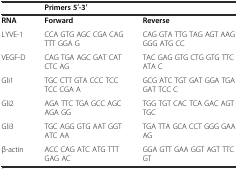
|  | <COLSPAN=2> Primers 5′-3′ |
 | --- | --- | --- |
 | RNA | Forward | Reverse |
 | LYVE-1 | CCA GTG AGC CGA CAG TTT GGA G | CAG GTA TTG TAG AGT AAG GGG ATG CC |
 | VEGF-D | CAG TGA AGC GAT CAT CTC AG | TAC GAG GTG CTG GTG TTC ATA C |
 | Gli1 | TGC CTT GTA CCC TCC TCC CGA A | GCG ATC TGT GAT GGA TGA GAT TCC C |
 | Gli2 | AGA TTC TGA GCC AGC AGA GG | TGG TGT CAC TCA GAC AGT TGC |
 | Gli3 | TGC AGG GTG AAT GGT ATC AA | TGA TTA GCA CCT GGG GAA AG |
 | β-actin | ACC CAG ATC ATG TTT GAG AC | GGA GTT GAA GGT AGT TTC GT |